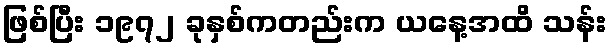
ဖြစ်ပြီး ၁၉၇၂ ခုနှစ်ကတည်းက ယနေ့အထိ သန်း